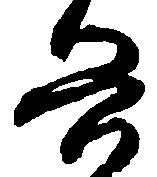
兵